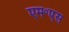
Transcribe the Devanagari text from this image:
एम॰एस